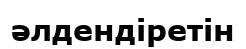
әлдендіретін